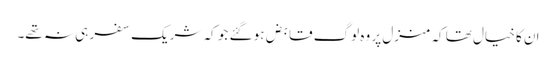
ان کا خیال تھا کہ منزل پر وہ لوگ قابض ہو گئے جو کہ شریک سفر ہی نہ تھے۔